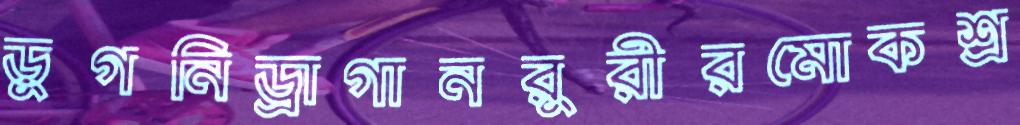
ডুগনিড্রাগানরুরীরমোকশ্র